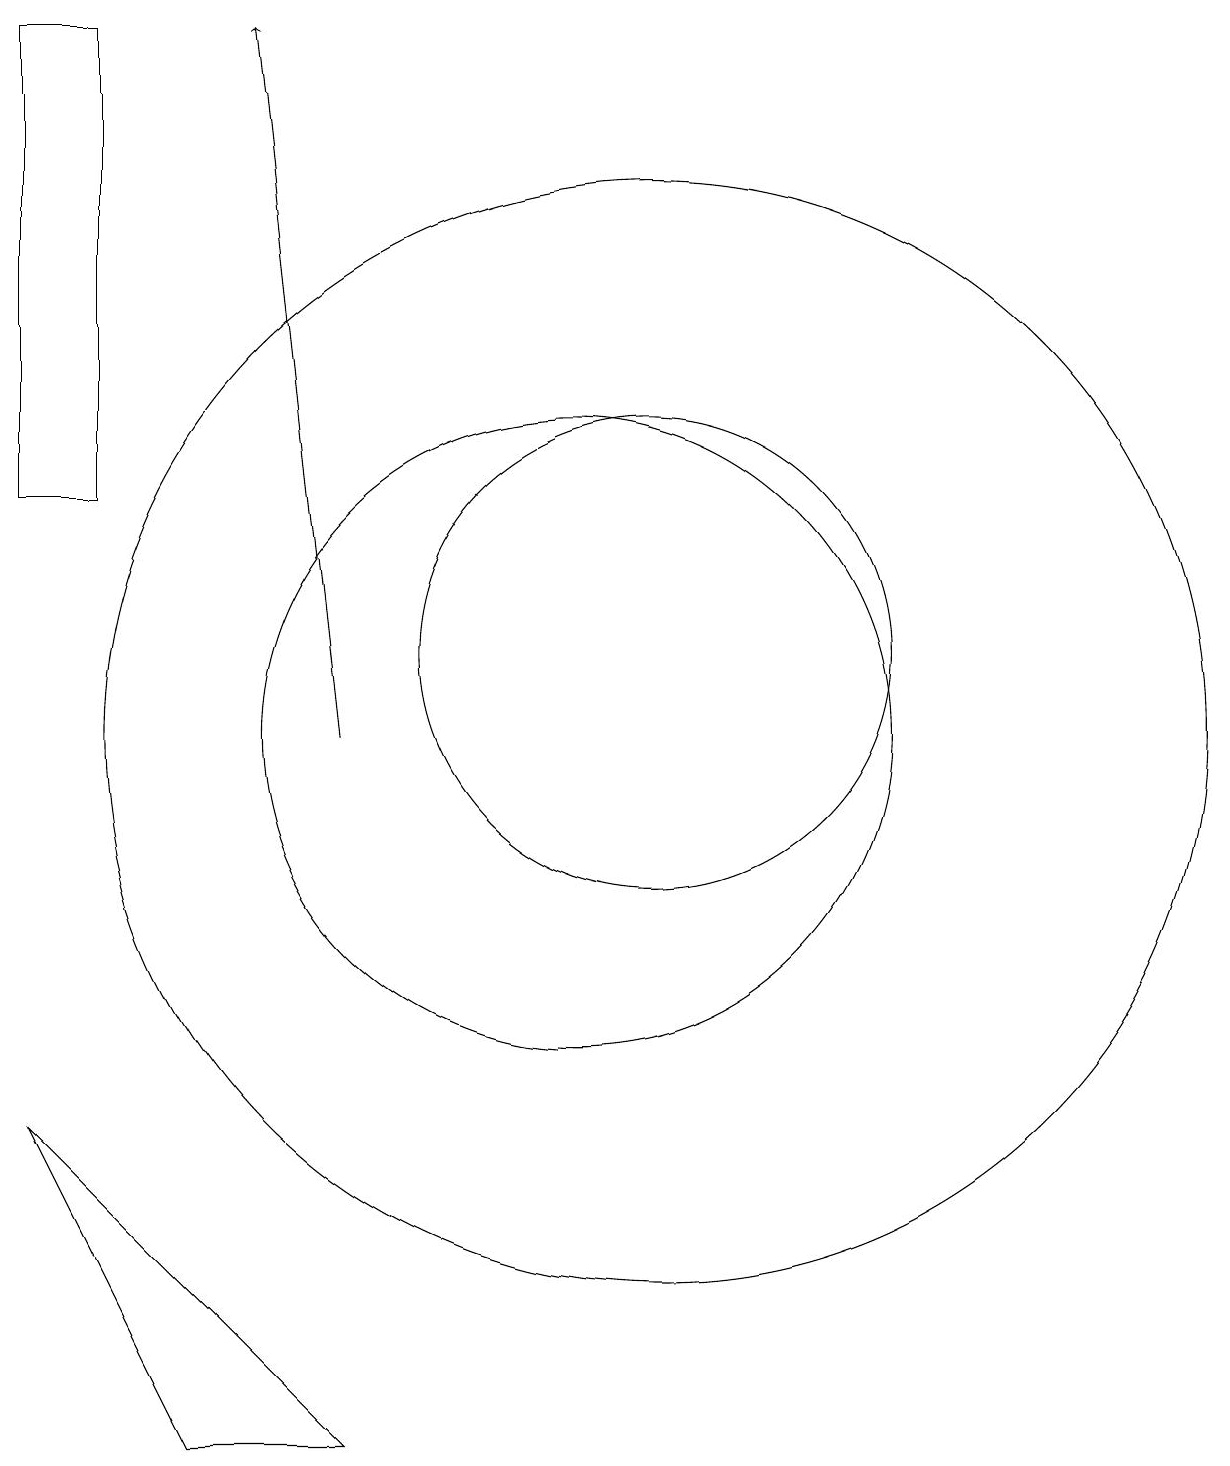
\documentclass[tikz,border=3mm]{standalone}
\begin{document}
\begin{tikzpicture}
\draw (11,10) circle (7);
\draw (3,5) -- (5,1) -- (7,1) -- cycle;
\draw (10,10) circle (4);
\draw (11,11) circle (3);
\draw[->] (7,10) -- (6,19);
\draw (3,19) rectangle (4,13);
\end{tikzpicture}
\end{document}